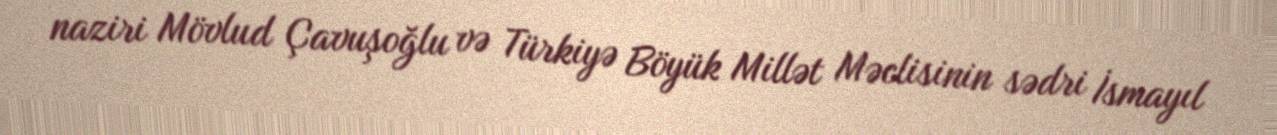
naziri Mövlud Çavuşoğlu və Türkiyə Böyük Millət Məclisinin sədri İsmayıl